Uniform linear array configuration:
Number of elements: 8
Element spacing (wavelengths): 0.75
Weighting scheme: blackman
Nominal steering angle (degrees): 15
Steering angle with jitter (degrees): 14.185
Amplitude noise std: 0.05
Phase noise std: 0.05

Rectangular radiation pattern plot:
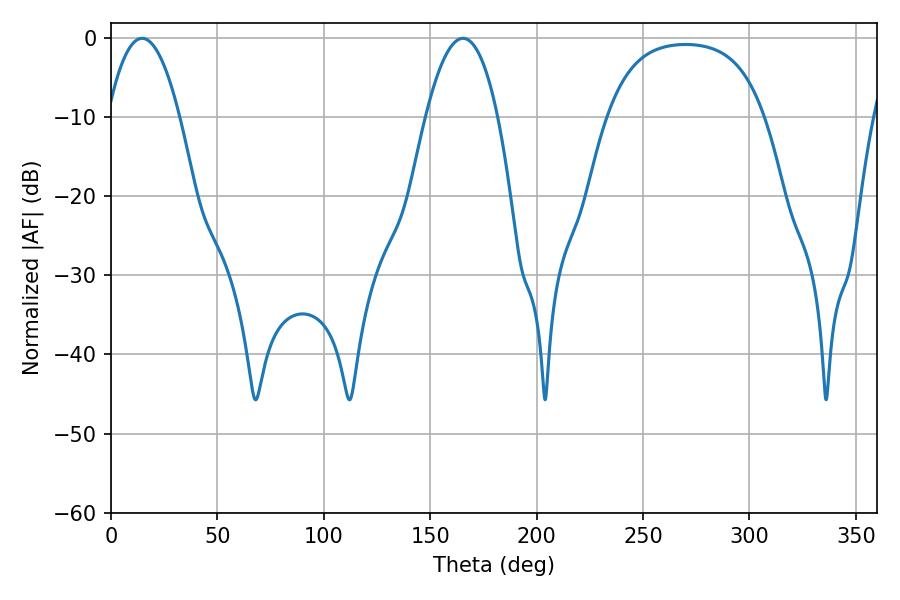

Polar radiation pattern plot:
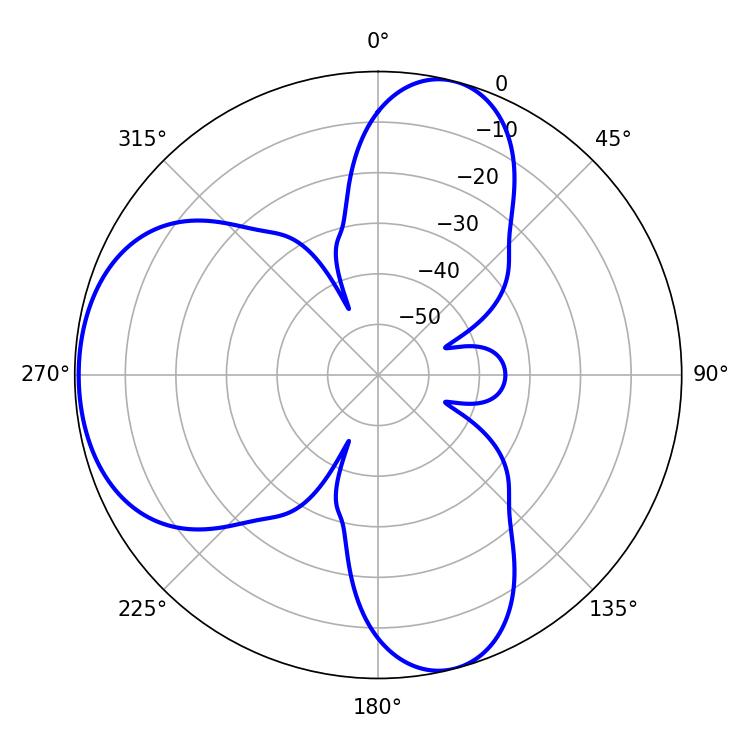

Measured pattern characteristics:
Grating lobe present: TRUE
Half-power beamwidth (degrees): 18.72
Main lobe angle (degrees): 14.58